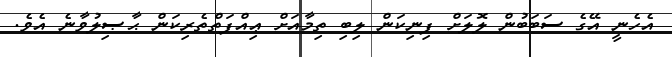
އެހެނީ އޭގެ ސަބަބުން ލޮލަށް ފިނިކަން ލިބި ތިމާއަށް ޢިއްފަތްތެރިކަން ޙާޞިލުވާނެ އެވެ.